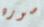
صوره